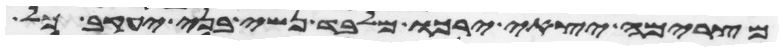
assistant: מצרימה יצאי ירכו מלבד נשי בני יעקב כל